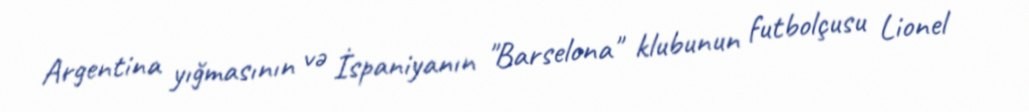
Argentina yığmasının və İspaniyanın "Barselona" klubunun futbolçusu Lionel